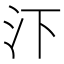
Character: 𪵩